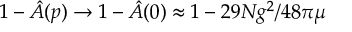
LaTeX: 1 - \hat { A } ( p ) \rightarrow 1 - \hat { A } ( 0 ) \approx 1 - 2 9 N g ^ { 2 } / 4 8 \pi \mu